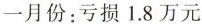
一月份：亏损 1.8 万元